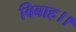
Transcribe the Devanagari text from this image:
बिबाह।।